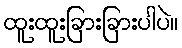
ထူးထူးခြားခြားပါပဲ။